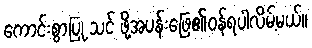
ကောင်းစွာပြု သင် ဖို့အပန်းဖြေ၏ဝန်ရပါလိမ့်မယ်။